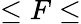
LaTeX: \le F\le